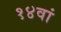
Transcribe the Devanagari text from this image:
१४वां